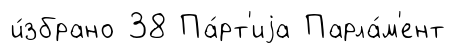
и́збрано 38 Па́рт'иjа Парла́м'ент